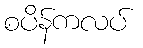
စပိန်ကလပ်